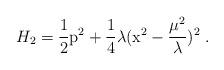
LaTeX: \begin{align*}H_2=\frac{1}{2} {\rm p}^2 +\frac{1}{4} \lambda ({\rm x}^2 - \frac{\mu^2}{\lambda})^2\; .\end{align*}